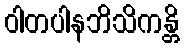
ဝါတပါနဘိသိကန္တိ